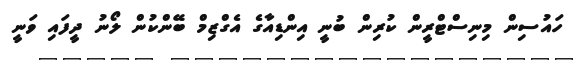
ހައުސިން މިނިސްޓްރީން ކުރިން ބުނީ އިންޑިއާގެ އެގްޒިމް ބޭންކުން ލޯނު ދީފައި ވަނީ